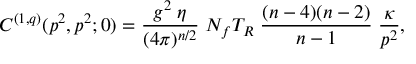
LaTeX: C ^ { ( 1 , q ) } ( p ^ { 2 } , p ^ { 2 } ; 0 ) = \frac { g ^ { 2 } \; \eta } { ( 4 \pi ) ^ { n / 2 } } \; N _ { f } T _ { R } \; \frac { ( n - 4 ) ( n - 2 ) } { n - 1 } \; \frac { \kappa } { p ^ { 2 } } ,